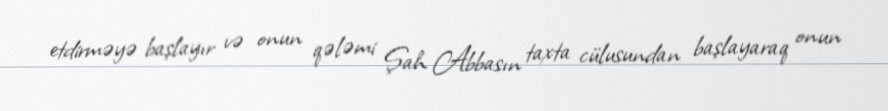
etdirməyə başlayır və onun qələmi Şah Abbasın taxta cülusundan başlayaraq onun